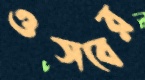
ওসবের